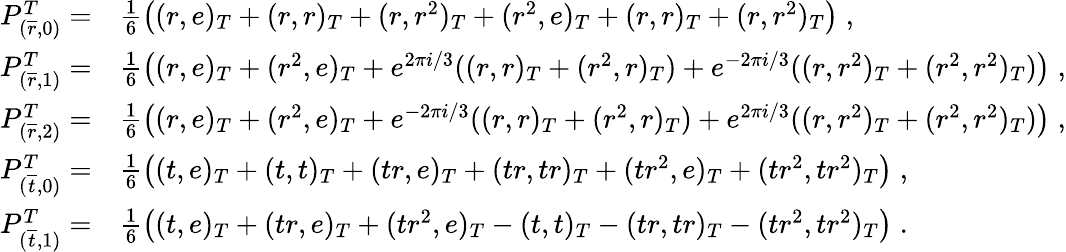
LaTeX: \begin{array}{rl}{P_{(\overline{{r}},0)}^{T}=}&{\frac{1}{6}\left((r,e)_{T}+(r,r)_{T}+(r,r^{2})_{T}+(r^{2},e)_{T}+(r,r)_{T}+(r,r^{2})_{T}\right)\; ,}\\ {P_{(\overline{{r}},1)}^{T}=}&{\frac{1}{6}\left((r,e)_{T}+(r^{2},e)_{T}+e^{2\pi i/3}((r,r)_{T}+(r^{2},r)_{T})+e^{-2\pi i/3}((r,r^{2})_{T}+(r^{2},r^{2})_{T})\right)\; ,}\\ {P_{(\overline{{r}},2)}^{T}=}&{\frac{1}{6}\left((r,e)_{T}+(r^{2},e)_{T}+e^{-2\pi i/3}((r,r)_{T}+(r^{2},r)_{T})+e^{2\pi i/3}((r,r^{2})_{T}+(r^{2},r^{2})_{T})\right)\; ,}\\ {P_{(\overline{{t}},0)}^{T}=}&{\frac{1}{6}\left((t,e)_{T}+(t,t)_{T}+(tr,e)_{T}+(tr,tr)_{T}+(tr^{2},e)_{T}+(tr^{2},tr^{2})_{T}\right)\; ,}\\ {P_{(\overline{{t}},1)}^{T}=}&{\frac{1}{6}\left((t,e)_{T}+(tr,e)_{T}+(tr^{2},e)_{T}-(t,t)_{T}-(tr,tr)_{T}-(tr^{2},tr^{2})_{T}\right)\; .}\end{array}